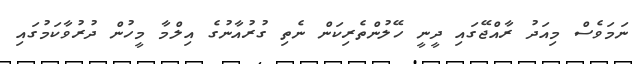
ނަމަވެސް މިއަދު ރާއްޖޭގައި ދީނީ ހޭލުންތެރިކަން ނެތި ގުރުއާނުގެ އިލްމާ މީހުން ދުރުވާކަމުގައި